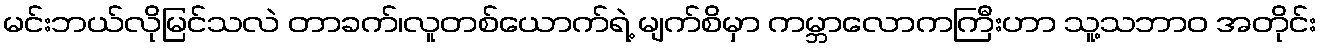
မင်းဘယ်လိုမြင်သလဲ တာခက်၊လူတစ်ယောက်ရဲ့ မျက်စိမှာ ကမ္ဘာလောကကြီးဟာ သူ့သဘာဝ အတိုင်း